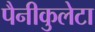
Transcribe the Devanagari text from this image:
पैनीकुलेटा